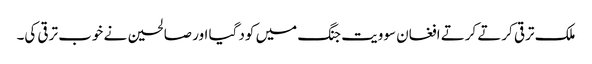
ملک ترقی کرتے کرتے افغان سوویت جنگ میں کود گیا اور صالحین نے خوب ترقی کی۔